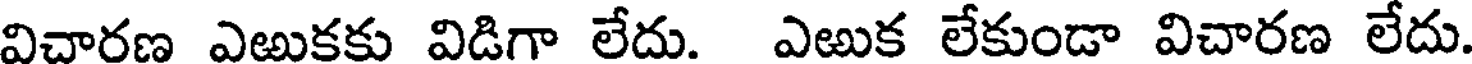
విచారణ ఎఱుకకు విడిగా లేదు. ఎఱుక లేకుండా విచారణ లేదు.